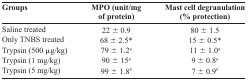
<table><thead><tr><td><b>Groups</b></td><td><b>MPO (unit/mg of protein)</b></td><td><b>Mast cell degranulation (% protection)</b></td></tr></thead><tbody><tr><td>Saline treated</td><td>22 ±0.9</td><td>80 ±1.5</td></tr><tr><td>Only TNBS treated</td><td>68 ±2.5*</td><td>15 ±0.5*</td></tr><tr><td>Trypsin (500 μg/kg)</td><td>79 ±1.2#</td><td>11 ±1.0#</td></tr><tr><td>Trypsin (1 mg/kg)</td><td>90 ±15#</td><td>9 ±0.8#</td></tr><tr><td>Trypsin (5 mg/kg)</td><td>99 ±1.8#</td><td>7 ±0.9#</td></tr></tbody></table>